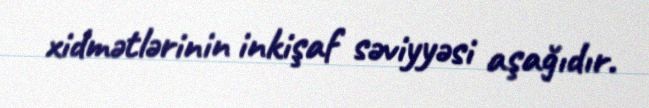
xidmətlərinin inkişaf səviyyəsi aşağıdır.